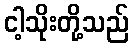
ငါ့သိုးတို့သည်